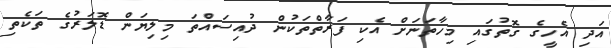
އަދި އެހީގެ ގޮތުގައި މިހާތަނަށް އެކި ފަރާތްތަކުން ދުއިސައްތަ މިލިޔަން ޑޮލަރުގެ ތަކެތި